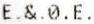
E.&.0.E.